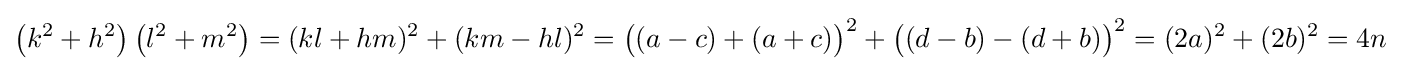
\left(k^{2}+h^{2}\right)\left(l^{2}+m^{2}\right)=(kl+hm)^{2}+(km-hl)^{2}={\bigl (}(a-c)+(a+c){\bigr )}^{2}+{\bigl (}(d-b)-(d+b){\bigr )}^{2}=(2a)^{2}+(2b)^{2}=4n